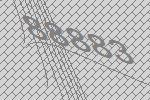
88883